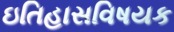
ઇતિહાસવિષયક